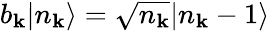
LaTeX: b_{\mathbf{k}}|n_{\mathbf{k}}\rangle={\sqrt{n_{\mathbf{k}}}}|n_{\mathbf{k}}-1\rangle